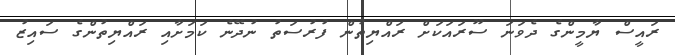
ރައީސް ޔާމީންގެ ދެވަނަ ސޫރައަކަށް ރައްޔިތުން ފުރުސަތު ނުދޭނެ ކަމަށާއި ރައްޔިތުންގެ ސައިޒު